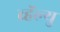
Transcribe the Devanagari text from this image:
व्हॅल्यु